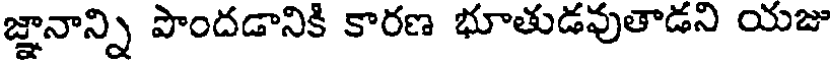
జ్ఞానాన్ని పొందడానికి కారణ భూతుడవుతాడని యజు